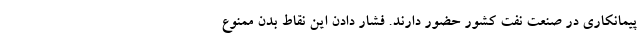
پیمانکاری در صنعت نفت کشور حضور دارند. فشار دادن این نقاط بدن ممنوع